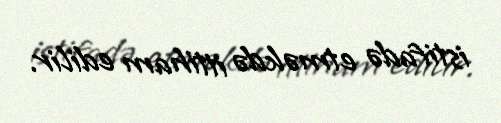
istifadə etməkdə ittiham edilir.